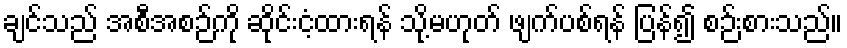
ချင်သည် အစီအစဉ်ကို ဆိုင်းငံ့ထားရန် သို့မဟုတ် ဖျက်ပစ်ရန် ပြန်၍ စဉ်းစားသည်။